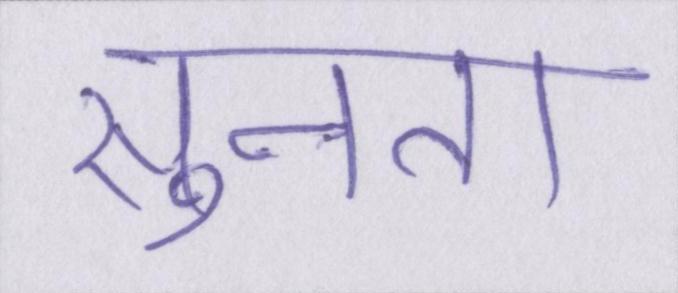
सुनता